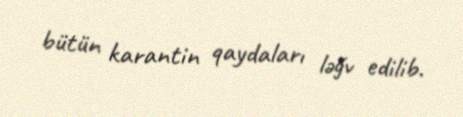
bütün karantin qaydaları ləğv edilib.